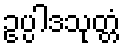
ဥပ္ပါဒသုတ္တံ